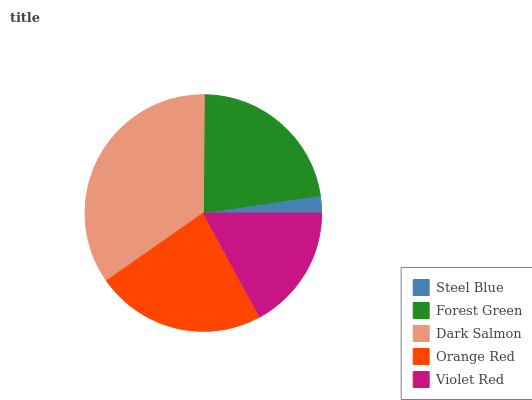
| Steel Blue | Forest Green | Dark Salmon | Orange Red | Violet Red |
 | --- | --- | --- | --- | --- |
 | 2.37% | 22.5% | 34.9% | 23.3% | 17% |